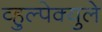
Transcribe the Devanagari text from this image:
व्हुल्पेक्युले